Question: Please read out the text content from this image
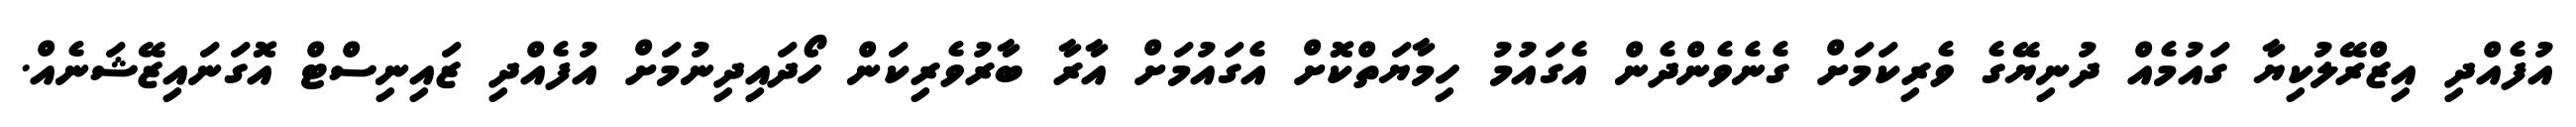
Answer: އުފެއްދި އިޒްރޭލުކިޔާ ގައުމެއް ދުނިޔޭގެ ވެރިކަމަށް ގެނެވެންދެން އެގައުމު ހިމާޔަތްކޮށް އެގައުމަށް އާރާ ބާރުވެރިކަން ހޯދައިދިނުމަށް އުފެއްދި ޒައިނިސްޓް އޮގަނައިޒޭޝަނެއް.